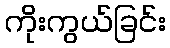
ကိုးကွယ်ခြင်း